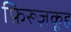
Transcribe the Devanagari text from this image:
फ़िरूज़कूह